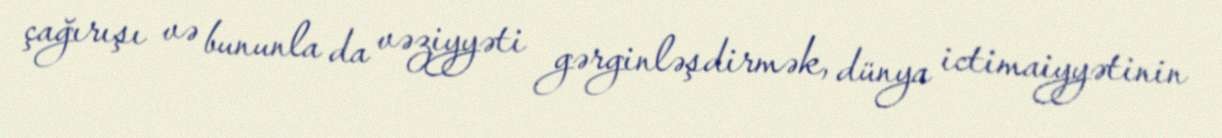
çağırışı və bununla da vəziyyəti gərginləşdirmək, dünya ictimaiyyətinin